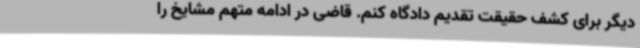
دیگر برای کشف حقیقت تقدیم دادگاه کنم. قاضی در ادامه متهم مشایخ را